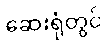
ဆေးရုံတွင်